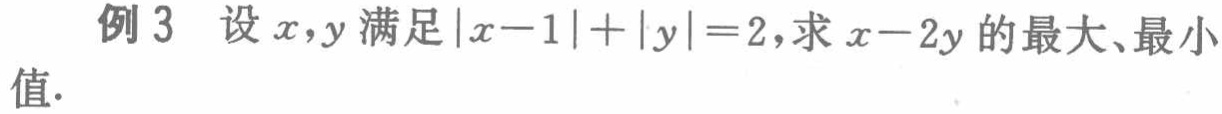
例 3 设\(x,y\)满足\(\vert x - 1\vert+\vert y\vert = 2\)，求\(x - 2y\)的最大、最小值.